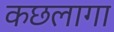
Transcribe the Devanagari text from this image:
कछलागा